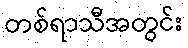
တစ်ရာသီအတွင်း